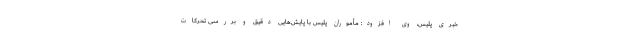
خبری پلیس، وی افزود: مأموران پلیس با پایش‌هایی دقیق و بررسی تحرکات